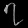
Digit: ၇